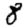
Digit: 8